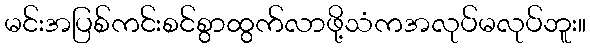
မင်းအပြစ်ကင်းစင်စွာထွက်လာဖို့သံကအလုပ်မလုပ်ဘူး။